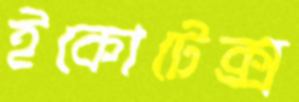
ইকোটেক্স